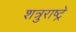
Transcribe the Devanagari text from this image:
शत्रुराष्ट्रे